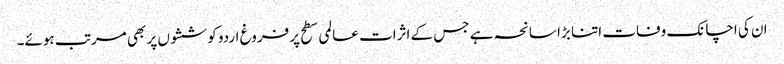
ان کی اچانک وفات اتنا بڑا سانحہ ہے جس کے اثرات عالمی سطح پر فروغ اردو کوششوں پر بھی مرتب ہوئے۔